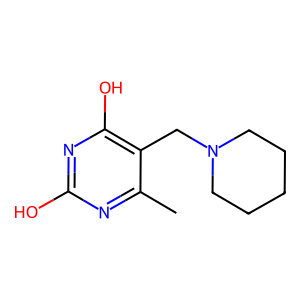
SMILES: Cc1nc(O)nc(O)c1CN1CCCCC1
Inhibits HIV replication: No